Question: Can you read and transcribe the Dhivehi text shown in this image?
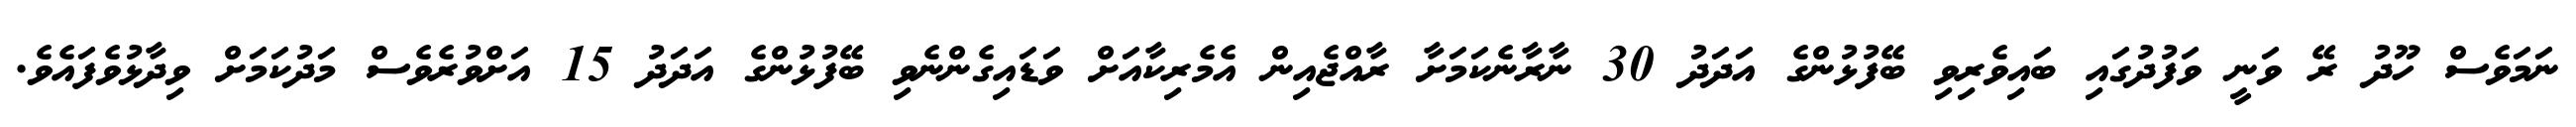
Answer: ނަމަވެސް ހޫދު ރޭ ވަނީ ވަފުދުގައި ބައިވެރިވި ބޭފުޅުންގެ އަދަދު 30 ނާރާނެކަމަށާ ރާއްޖެއިން އެމެރިކާއަށް ވަޑައިގެންނެވި ބޭފުޅުންގެ އަދަދު 15 އަށްވުރެވެސް މަދުކަމަށް ވިދާޅުވެފައެވެ.